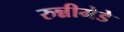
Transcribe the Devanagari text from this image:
रुन्नीमेडे